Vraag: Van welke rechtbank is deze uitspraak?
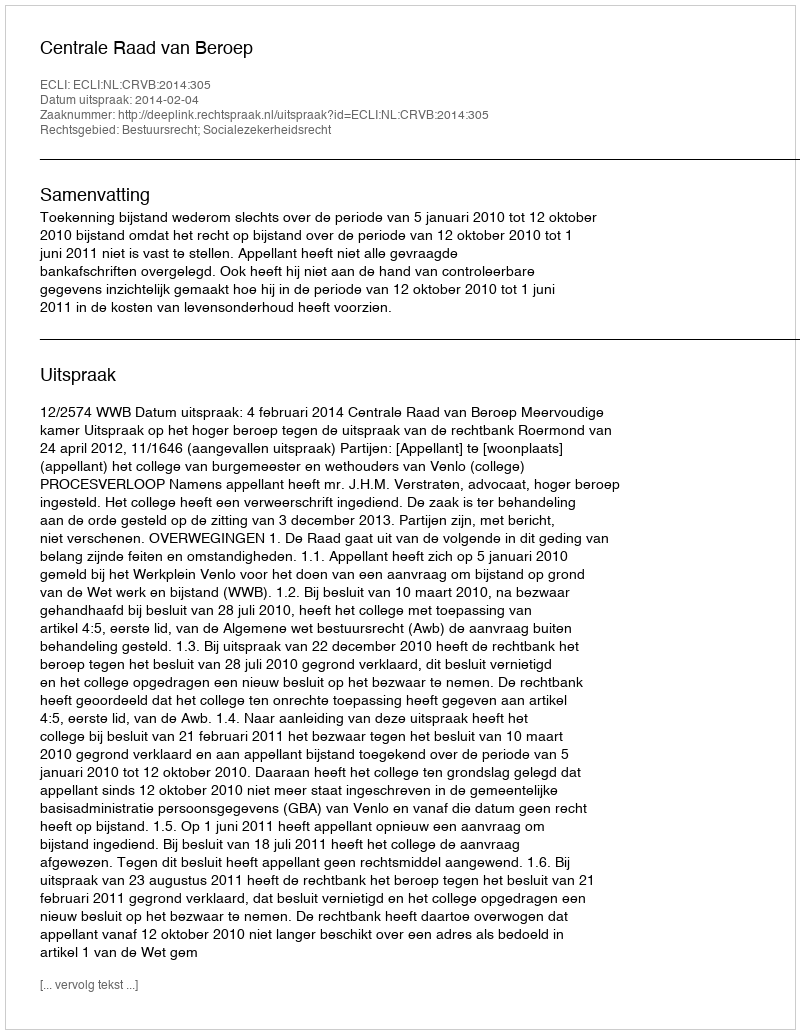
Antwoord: Centrale Raad van Beroep